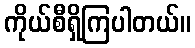
ကိုယ်စီရှိကြပါတယ်။